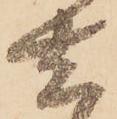
去